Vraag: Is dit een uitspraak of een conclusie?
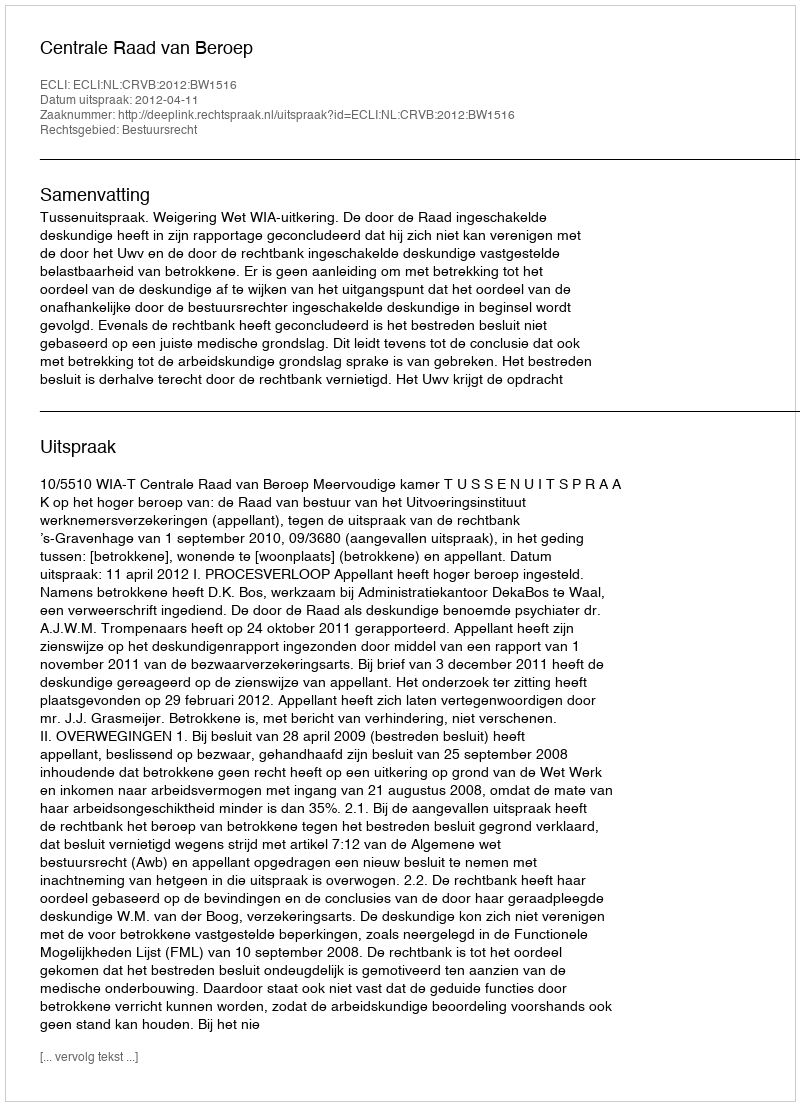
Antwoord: Uitspraak